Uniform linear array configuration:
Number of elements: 12
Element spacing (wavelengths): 0.75
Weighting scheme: binomial
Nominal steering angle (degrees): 0
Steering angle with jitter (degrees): -1.261
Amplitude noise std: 0.05
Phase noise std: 0.05

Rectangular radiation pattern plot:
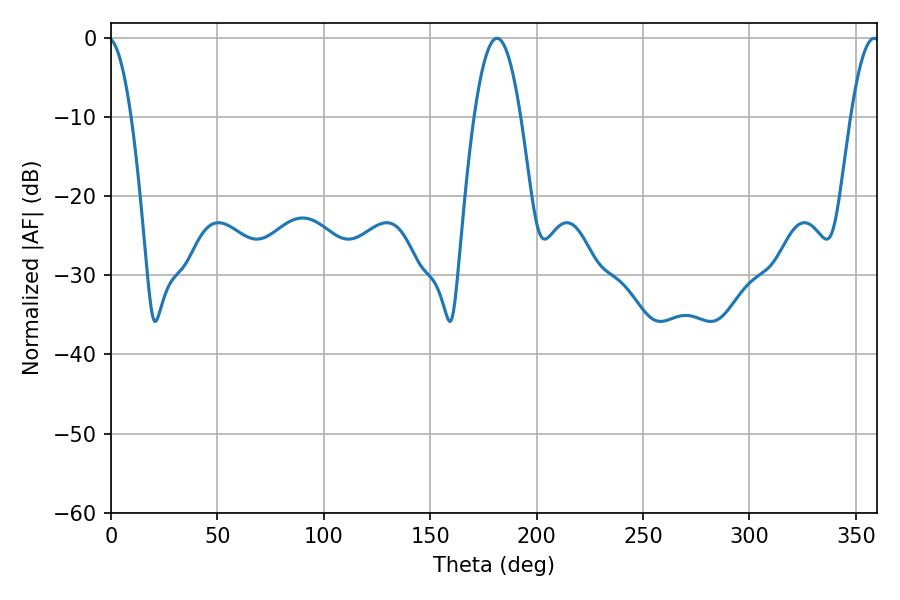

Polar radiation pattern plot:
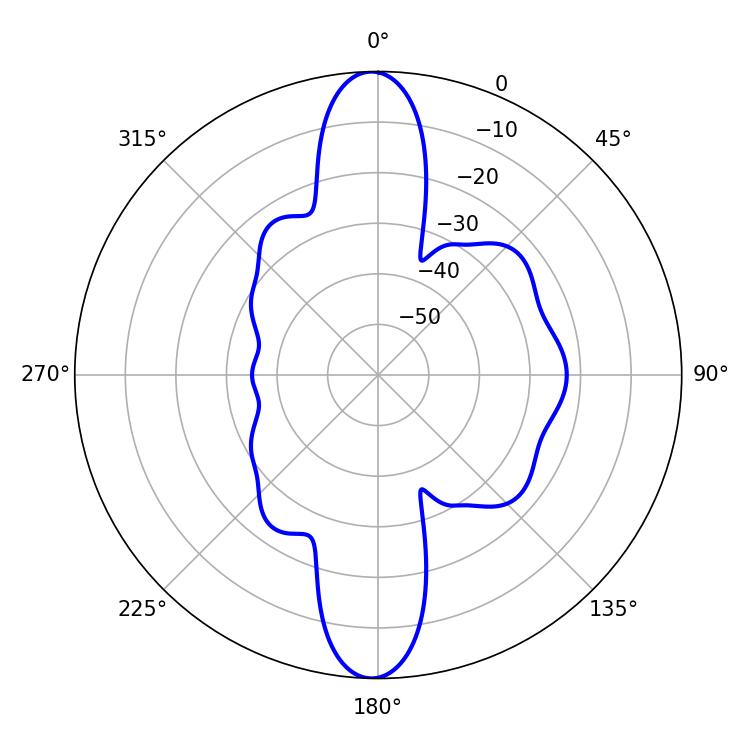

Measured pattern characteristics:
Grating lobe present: TRUE
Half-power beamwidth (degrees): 11.88
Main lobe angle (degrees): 181.44